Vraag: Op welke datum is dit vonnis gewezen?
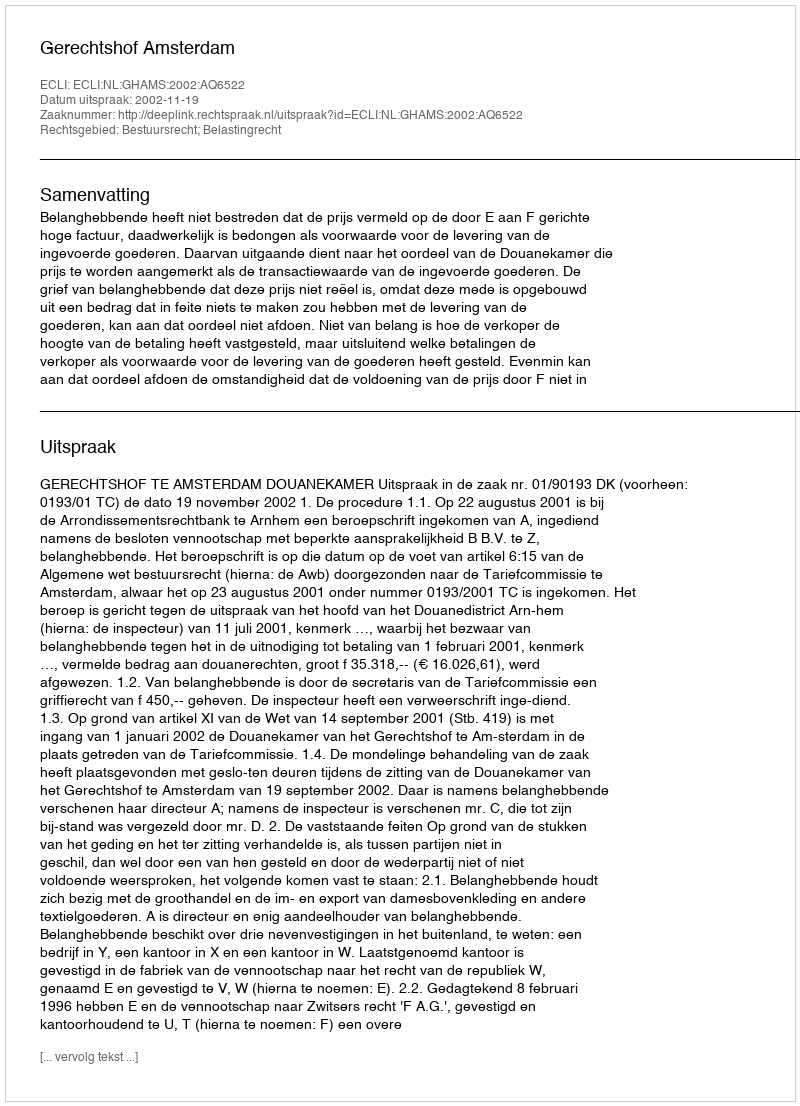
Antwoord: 2002-11-19